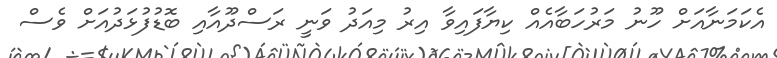
އެކަމަނާއަށް ހޫނު މަރުހަބާއެއް ކިޔާފައިވާ އިރު މިއަދު ވަނީ ރަސްދޫއާއި ބޮޑުފުޅަދުއަށް ވެސް